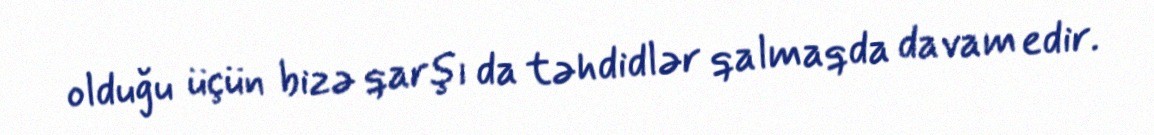
olduğu üçün bizə qarşı da təhdidlər qalmaqda davam edir.